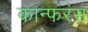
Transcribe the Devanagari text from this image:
कान्फरंस